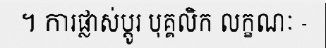
។ ការផ្លាស់ប្តូរ បុគ្គលិក លក្ខណៈ -